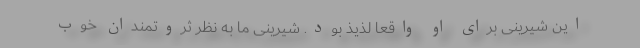
این شیرینی برای او واقعاً لذیذ بود. شیرینی ما به نظر ثروتمندان خوب